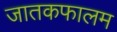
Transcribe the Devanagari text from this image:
जातकफालम